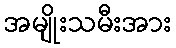
အမျိုးသမီးအား